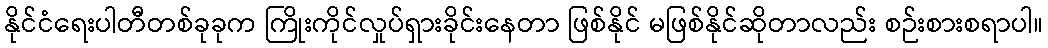
နိုင်ငံရေးပါတီတစ်ခုခုက ကြိုးကိုင်လှုပ်ရှားခိုင်းနေတာ ဖြစ်နိုင် မဖြစ်နိုင်ဆိုတာလည်း စဉ်းစားစရာပါ။